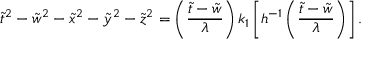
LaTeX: \tilde { t } ^ { 2 } - \tilde { w } ^ { 2 } - \tilde { x } ^ { 2 } - \tilde { y } ^ { 2 } - \tilde { z } ^ { 2 } = \left( \frac { \tilde { t } - \tilde { w } } { \lambda } \right) k _ { 1 } \left[ h ^ { - 1 } \left( \frac { \tilde { t } - \tilde { w } } { \lambda } \right) \right] .